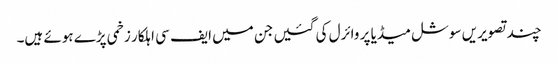
چند تصویریں سوشل میڈیا پر وائرل کی گئیں جن میں ایف سی اہلکار زخمی پڑے ہوئے ہیں۔